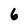
Character: 6